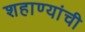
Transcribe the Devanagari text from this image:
शहाण्यांची